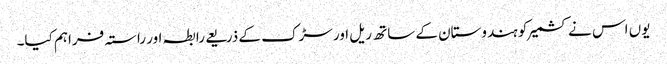
یوں اس نے کشمیر کو ہندوستان کے ساتھ ریل اور سڑک کے ذریعے رابطہ اور راستہ فراہم کیا۔